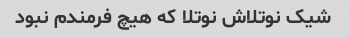
شیک نوتلاش نوتلا که هیچ فرمندم نبود